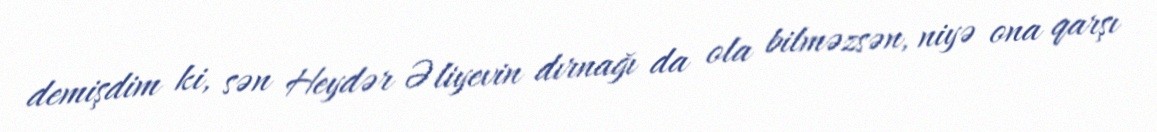
demişdim ki, sən Heydər Əliyevin dırnağı da ola bilməzsən, niyə ona qarşı